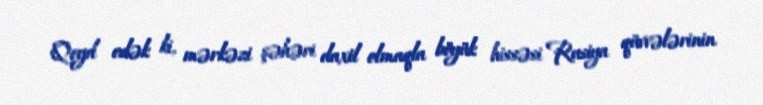
Qeyd edək ki, mərkəzi şəhəri daxil olmaqla böyük hissəsi Rusiya qüvvələrinin